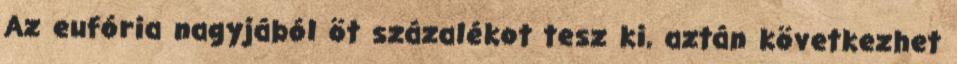
Az eufória nagyjából öt százalékot tesz ki, aztán következhet